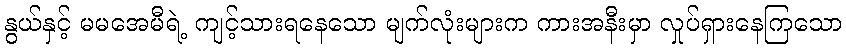
နွယ်နှင့် မမအေမီရဲ့ ကျင့်သားရနေသော မျက်လုံးများက ကားအနီးမှာ လှုပ်ရှားနေကြသော